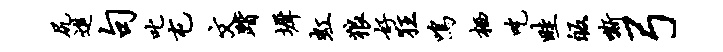
尻进句叱屯文踏墀虹狼好狂鸣栖吃畦皈嘶弓